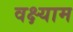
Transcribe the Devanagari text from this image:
वक्ष्याम